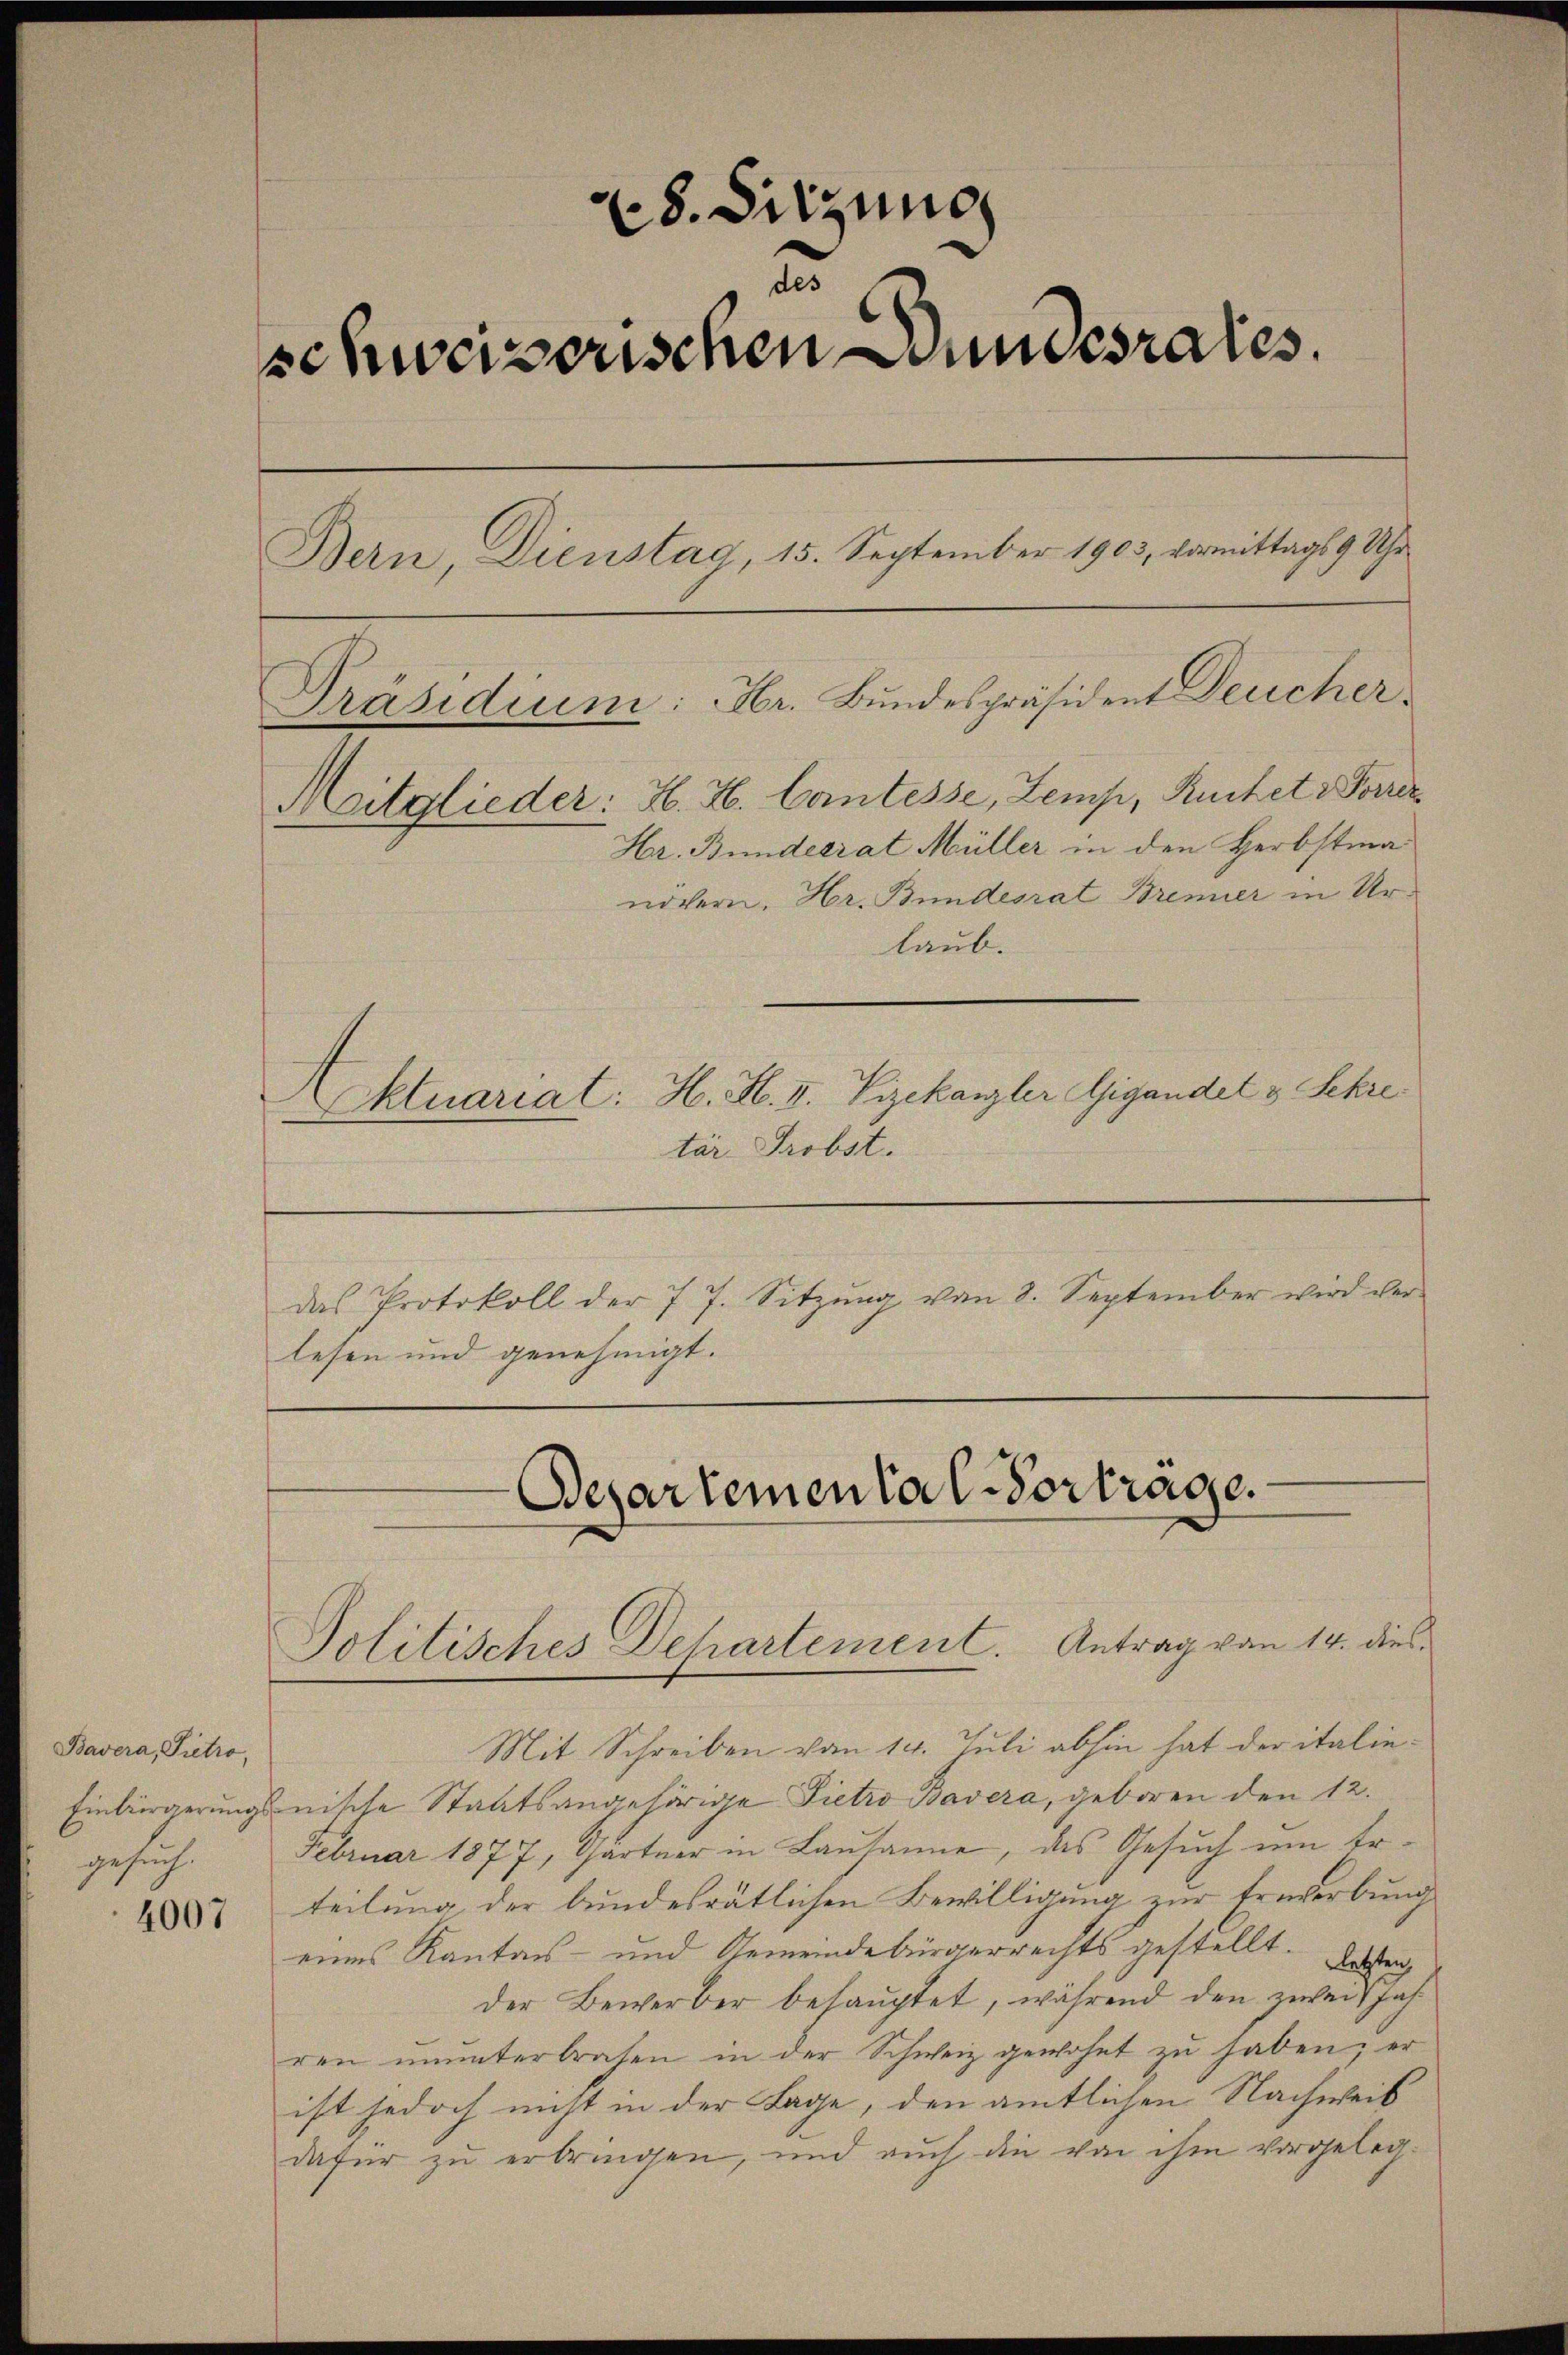
4007

8. Sitzung
u
schweizerischen Bundesrates.
Bern, Dienstag, 15. September 1903, vormittags 9 Uhr
Präsidium: Hr. Bundespräsident Deucher
Mitglieder: H. H. Cantesse, Zemp, Rucket Vorrer
Hr. Bundesrat Müller in den Herbstmanöchern. Hr. Bundesrat Brenner in Urlaub.
Aktuariat: H. H. II. Vizekanzler Gigandet & Schre
—

Bavera, Pietro,
gesuch.

tär Probst.
das Protokoll der 7 7. Sitzŭng von 8. September wird ver-
lesen und genehmigt.

Bepartemental-Vortrage.
Politisches Departement. Antrag von 14. dies

Mit Schreiben vom 14. Juli abhin hat der italie¬
Einbürgerungsnische Staatsangehörige Pietro Bavera, geboren den 12.
Februar 1877, Gärtner in Lausanne, das Gesuch um Erteilung der bundesrätlichen Bewilligung zur Erwerbung
eines Kantons- und Gemeindebürgerrechts gestellt.
letzten,
der Bewerber behauptet, während den zweit Jahren ŭnŭnterbrachen in der Schweiz gewohnt zŭ haben; er
ist jedoch nicht in der Lage, den amtlichen Nachweis
dafür zu erbringen, und auch die von ihm vorgeleg¬